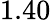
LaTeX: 1.40